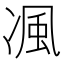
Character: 𭂖